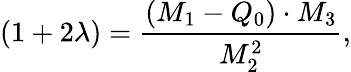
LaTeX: (1+2\lambda)=\frac{(M_{1}-Q_{0})\cdot M_{3}}{M_{2}^{2}},